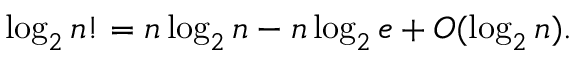
\log _ { 2 } n ! = n \log _ { 2 } n - n \log _ { 2 } e + O ( \log _ { 2 } n ) .